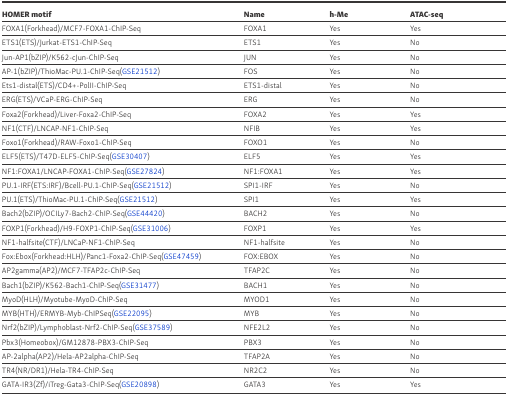
<table><thead><tr><td><b>HOMER motif</b></td><td><b>Name</b></td><td><b>h-Me</b></td><td><b>ATAC-seq</b></td></tr></thead><tbody><tr><td>FOXA1(Forkhead)/MCF7-FOXA1-ChIP-Seq</td><td>FOXA1</td><td>Yes</td><td>Yes</td></tr><tr><td>ETS1(ETS)/Jurkat-ETS1-ChIP-Seq</td><td>ETS1</td><td>Yes</td><td>No</td></tr><tr><td>Jun-AP1(bZIP)/K562-cJun-ChIP-Seq</td><td>JUN</td><td>Yes</td><td>No</td></tr><tr><td>AP-1(bZIP)/ThioMac-PU.1-ChIP-Seq(GSE21512)</td><td>FOS</td><td>Yes</td><td>No</td></tr><tr><td>Ets1-distal(ETS)/CD4+-PolII-ChIP-Seq</td><td>ETS1-distal</td><td>Yes</td><td>No</td></tr><tr><td>ERG(ETS)/VCaP-ERG-ChIP-Seq</td><td>ERG</td><td>Yes</td><td>No</td></tr><tr><td>Foxa2(Forkhead)/Liver-Foxa2-ChIP-Seq</td><td>FOXA2</td><td>Yes</td><td>Yes</td></tr><tr><td>NF1(CTF)/LNCAP-NF1-ChIP-Seq</td><td>NFIB</td><td>Yes</td><td>Yes</td></tr><tr><td>Foxo1(Forkhead)/RAW-Foxo1-ChIP-Seq</td><td>FOXO1</td><td>Yes</td><td>No</td></tr><tr><td>ELF5(ETS)/T47D-ELF5-ChIP-Seq(GSE30407)</td><td>ELF5</td><td>Yes</td><td>Yes</td></tr><tr><td>NF1:FOXA1/LNCAP-FOXA1-ChIP-Seq(GSE27824)</td><td>NF1:FOXA1</td><td>Yes</td><td>Yes</td></tr><tr><td>PU.1-IRF(ETS:IRF)/Bcell-PU.1-ChIP-Seq(GSE21512)</td><td>SPI1-IRF</td><td>Yes</td><td>No</td></tr><tr><td>PU.1(ETS)/ThioMac-PU.1-ChIP-Seq(GSE21512)</td><td>SPI1</td><td>Yes</td><td>Yes</td></tr><tr><td>Bach2(bZIP)/OCILy7-Bach2-ChIP-Seq(GSE44420)</td><td>BACH2</td><td>Yes</td><td>No</td></tr><tr><td>FOXP1(Forkhead)/H9-FOXP1-ChIP-Seq(GSE31006)</td><td>FOXP1</td><td>Yes</td><td>Yes</td></tr><tr><td>NF1-halfsite(CTF)/LNCaP-NF1-ChIP-Seq</td><td>NF1-halfsite</td><td>Yes</td><td>No</td></tr><tr><td>Fox:Ebox(Forkhead:HLH)/Panc1-Foxa2-ChIP-Seq(GSE47459)</td><td>FOX:EBOX</td><td>Yes</td><td>No</td></tr><tr><td>AP2gamma(AP2)/MCF7-TFAP2c-ChIP-Seq</td><td>TFAP2C</td><td>Yes</td><td>No</td></tr><tr><td>Bach1(bZIP)/K562-Bach1-ChIP-Seq(GSE31477)</td><td>BACH1</td><td>Yes</td><td>No</td></tr><tr><td>MyoD(HLH)/Myotube-MyoD-ChIP-Seq</td><td>MYOD1</td><td>Yes</td><td>No</td></tr><tr><td>MYB(HTH)/ERMYB-Myb-ChIPSeq(GSE22095)</td><td>MYB</td><td>Yes</td><td>No</td></tr><tr><td>Nrf2(bZIP)/Lymphoblast-Nrf2-ChIP-Seq(GSE37589)</td><td>NFE2L2</td><td>Yes</td><td>No</td></tr><tr><td>Pbx3(Homeobox)/GM12878-PBX3-ChIP-Seq</td><td>PBX3</td><td>Yes</td><td>No</td></tr><tr><td>AP-2alpha(AP2)/Hela-AP2alpha-ChIP-Seq</td><td>TFAP2A</td><td>Yes</td><td>No</td></tr><tr><td>TR4(NR/DR1)/Hela-TR4-ChIP-Seq</td><td>NR2C2</td><td>Yes</td><td>No</td></tr><tr><td>GATA-IR3(Zf)/iTreg-Gata3-ChIP-Seq(GSE20898)</td><td>GATA3</td><td>Yes</td><td>Yes</td></tr></tbody></table>